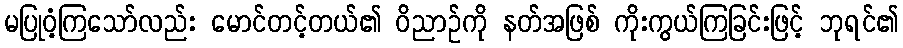
မပြုဝံ့ကြသော်လည်း မောင်တင့်တယ်၏ ဝိညာဉ်ကို နတ်အဖြစ် ကိုးကွယ်ကြခြင်းဖြင့် ဘုရင်၏